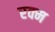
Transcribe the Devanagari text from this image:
रक्म